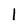
Character: 1